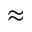
\approx